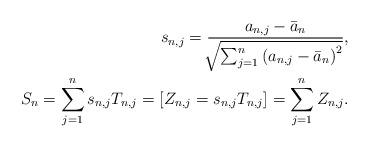
LaTeX: \begin{align*}s_{n,j}=\frac{a_{n,j}-\bar{a}_n}{\sqrt[]{\sum_{j=1}^n\left(a_{n,j}-\bar{a}_n\right)^2}}, \\S_n=\sum_{j=1}^n s_{n,j}T_{n,j}=\left[Z_{n,j}=s_{n,j}T_{n,j}\right]=\sum_{j=1}^{n}Z_{n,j}. \end{align*}